Vaccination in Bombay 1874-1876 - 1874-1876
Year: 1874
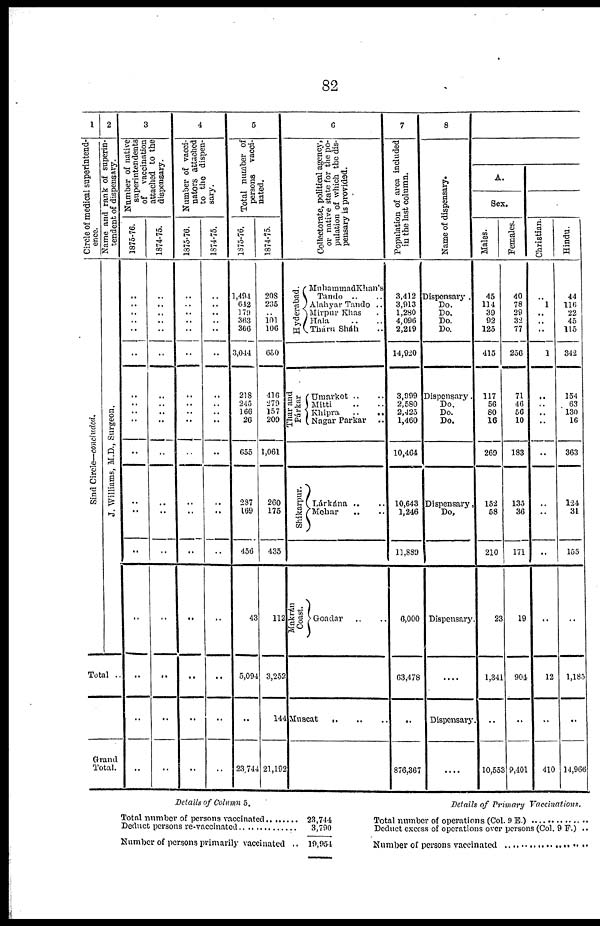
82
1
Circle of medical superintend-
ence.
Sind Circle— concluded.
2
Name and rank of superin-
tendent of dispensary.
J. Williams, M.D., Surgeon.
Total ..
Grand
Total.
3
Number of native
superintendents
of
vaccination
attached to the
dispensary.
1875-76.
..
..
..
..
..
..
..
..
..
..
..
..
..
..
..
..
..
..
1874-75.
..
..
..
..
..
..
..
..
..
..
..
..
..
..
..
..
..
..
4
Number of vacci-
nators attached
to the dispen-
sary.
1875-76.
..
..
..
..
..
..
..
..
..
..
..
..
..
..
..
..
..
..
1874-75.
..
..
..
..
..
..
..
..
..
..
..
..
..
..
..
..
..
..
5
Total number of
persons vacci-
nated.
1875-76.
1, 4194
642
179
363
366
3,044
218
245
166
26
655
287
169
456
43
5,094
..
23,744
1874-75.
208
235
..
101 106
650
416
279
157
209
1,061
260
175
435
112
3,252
144
21,192
6
Collectorate, political agency,
or native state for the po-
pulation of which the dis-
pensary is provided.
Hyderabad.
MuhammadKhan's
Tando .. ..
Alahyar Tando ..
Mirpur Khas .
Hala .. ..
Thára Sháh ..
Thar and
Párkar
Umarkot .. ..
Mitti .. ..
Khipra
..
..
Nagar Parkar
..
Shikarpur.
Lárkána .. ..
Mehar .. ..
Makrán
Coas t
.
Goadar .. ..
Muscat .. .. ..
7
Population of area included
in the last column.
3,412
3,913
1,280
4,096
2,219
14,920
3,999
2,580
2,425
1,460
10,464
10,643
1,246
11,889
6,000
63,478
..
876,367
8
Name of dispensary.
Dispensary .
Do.
Do.
Do.
Do.
Dispensary.
Do.
Do.
Do.
Dispensary,
Do,
Dispensary.
....
Dispensary.
....
A.
Sex.
Males.
45
114
39
92
125
415
117
56
80
16
269
152
58
210
23
1,341
..
10,553
Females.
40
78
29
32
77
256
71
46
56
10
183
135
36
171
19
904
..
9,401
Christian.
..
1
..
..
..
1
..
..
..
..
..
..
..
..
..
12
..
410
Hindu.
44
116
22
45
115
342
154
63
130
16
363
124
31
155
..
1,185
..
14,966
Details of Column 5.
Total number of persons vaccinated........
Deduct persons re-vaccinated..............
Number of persons primarily vaccinated ..
23,744
3,790
19,954
Details of Primary
Vaccinations.
Total number of operations (Col. 9 E.)
Deduct excess of operations over persons (Col. 9 F.) ..
Number of persons vaccinated....................